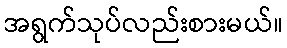
အရွက်သုပ်လည်းစားမယ်။